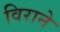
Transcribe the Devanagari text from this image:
विराने